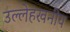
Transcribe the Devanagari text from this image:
उल्लेहखनीय